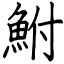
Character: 鮒